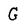
Character: G